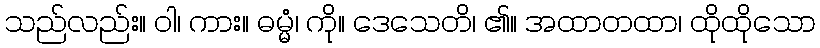
သည်လည်း။ ဝါ၊ ကား။ ဓမ္မံ၊ ကို။ ဒေသေတိ၊ ၏။ အထာတထာ၊ ထိုထိုသော